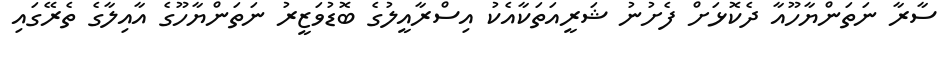
ސާރާ ނަތަންޔާހޫއާ ދެކޮޅަށް ފެށުނު ޝަރީއަތަކާއެކު އިސްރާއީލުގެ ބޮޑުވަޒީރު ނަތަންޔާހޫގެ އާއިލާގެ ތެރޭގައި